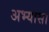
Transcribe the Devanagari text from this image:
अभ्यासा